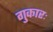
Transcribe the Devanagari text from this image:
गुकारः